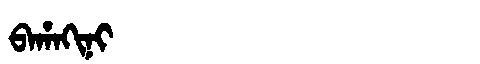
Manchu: ᠪᠠᡥᠠᡴᡳᠨᡳ
Romanization: BAHAKINI